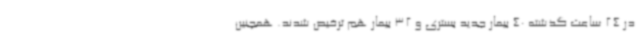
در 24 ساعت گذشته 40 بیمار جدید بستری و 32 بیمار هم ترخیص شدند. همچنین